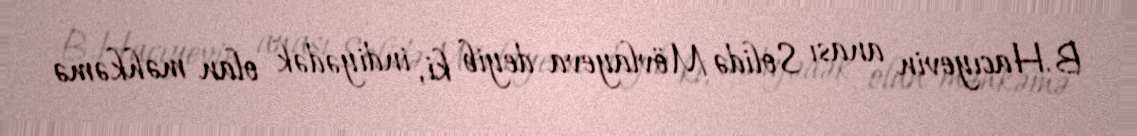
B.Hacıyevin anası Solidə Mövlayeva deyib ki, indiyədək olan məhkəmə